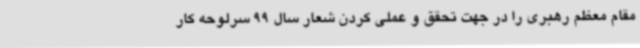
مقام معظم رهبری را در جهت تحقق و عملی کردن شعار سال 99 سرلوحه کار